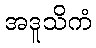
အဒူသိကံ